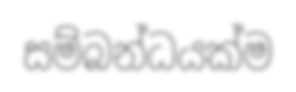
සම්බන්ධයක්ම